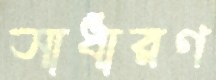
সাধারণ